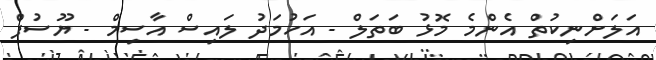
އަލަށްނިކުތް އެންމެ މޮޅު ބަތަލް - އަހުމަދު ލައިސް އާސިމް - ޔޫސުފް